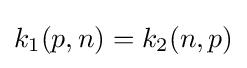
k_{1}(p,n)=k_{2}(n,p)